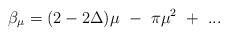
LaTeX: \begin{align*}\beta_\mu=(2-2\Delta)\mu~-~\pi\mu^2~+~...\end{align*}